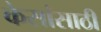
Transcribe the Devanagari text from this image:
केसांसाठी